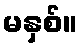
မနှစ်။